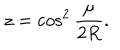
z = \cos ^ { 2 } \frac { \mu } { 2 R } .